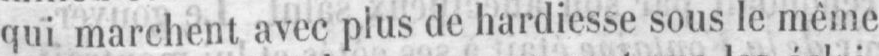
qui marchent avec plus de hardiesse sous le même